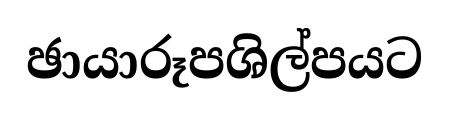
ඡායාරූපශිල්පයට